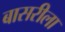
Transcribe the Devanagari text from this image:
बासरीला